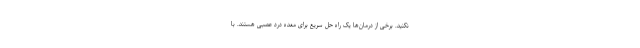
نکنید. برخی از درمان‌ها یک راه حل سریع برای معده درد عصبی هستند. با